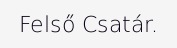
Felső Csatár.